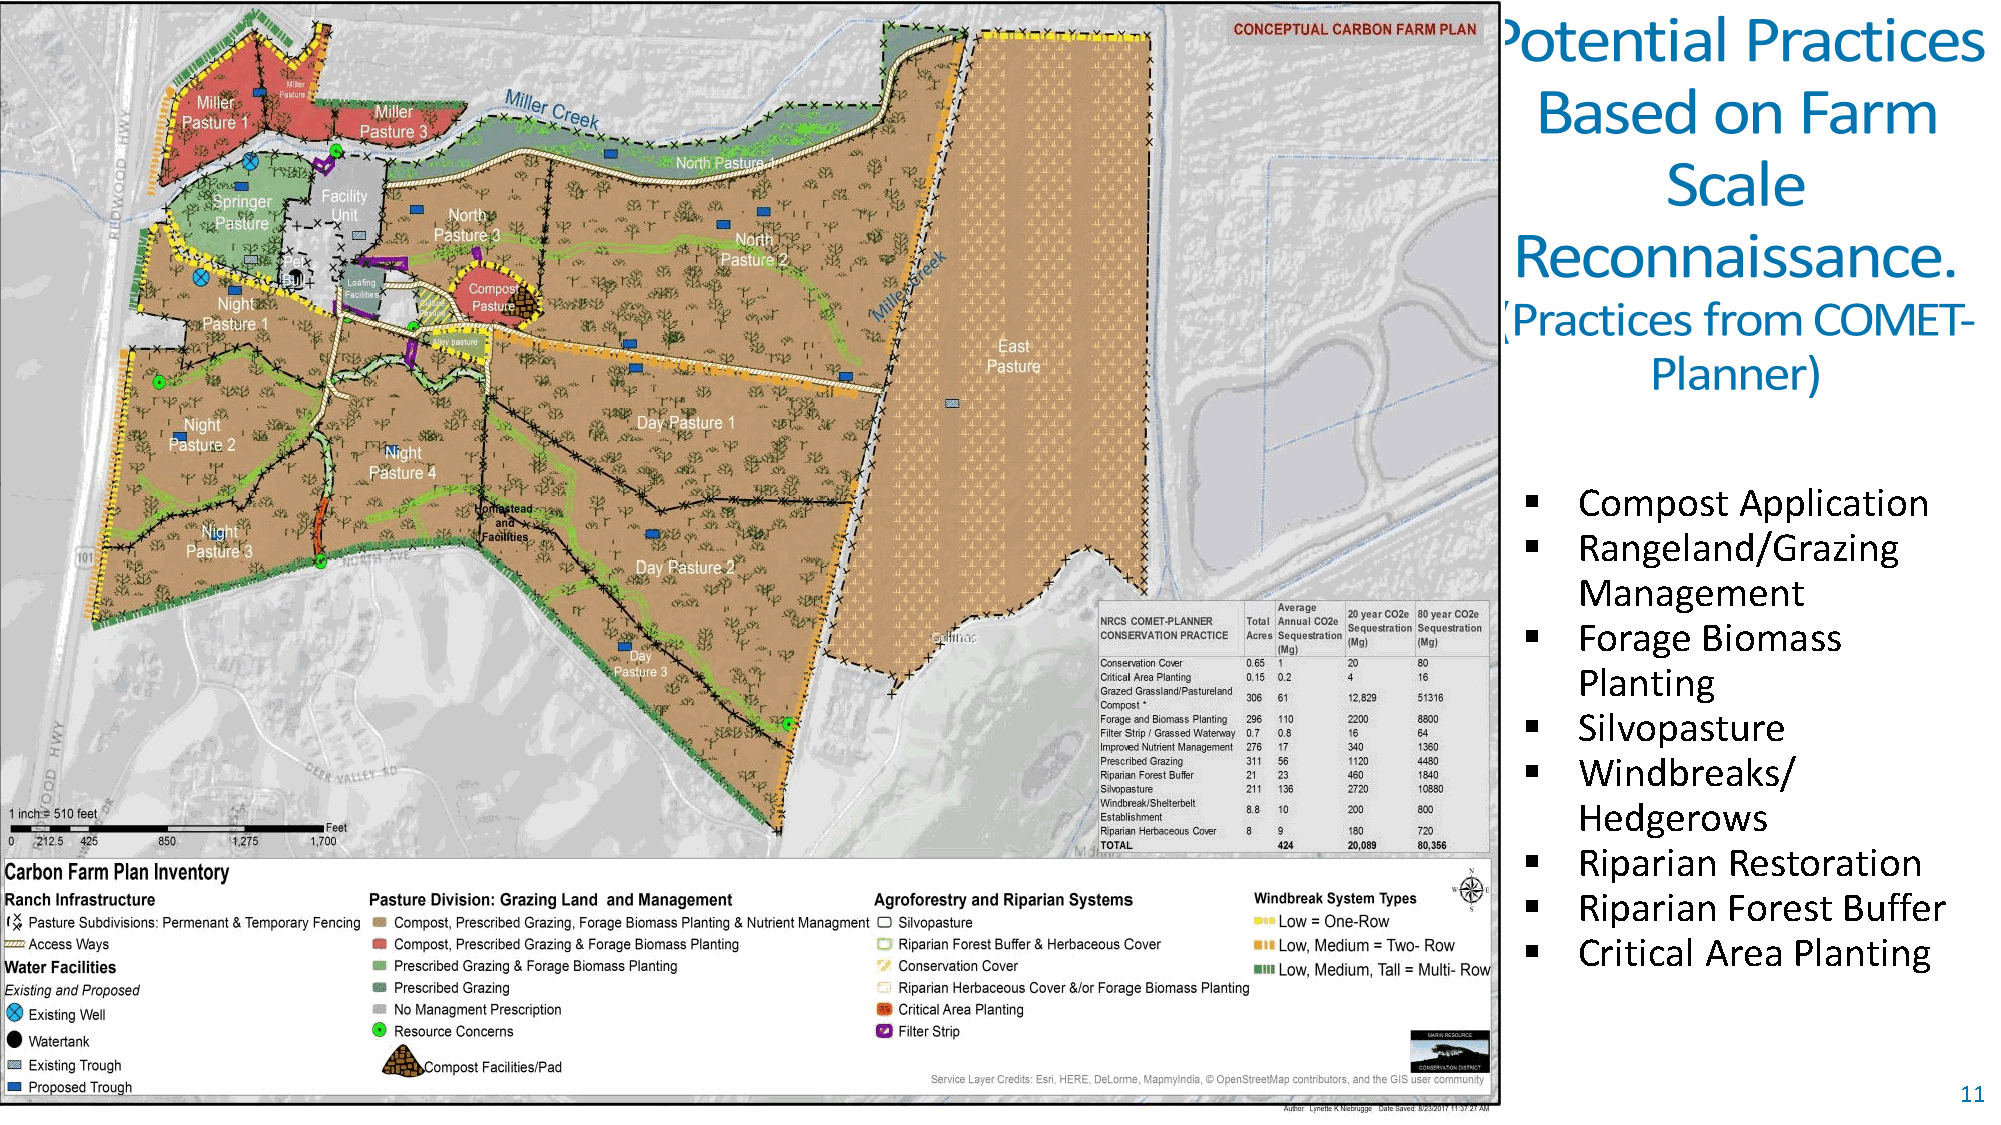
§  Compost    Application
 §  Rangeland/Grazing
 Management
 §  Forage   Biomass
 Planting
 §  Silvopasture
 §  Windbreaks/
 Hedgerows
 §  Riparian  Restoration
 §  Riparian  Forest  Buffer
 §  Critical Area  Planting
 11